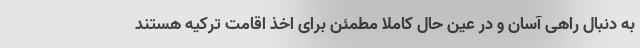
به دنبال راهی آسان و در عین حال کاملا مطمئن برای اخذ اقامت ترکیه هستند